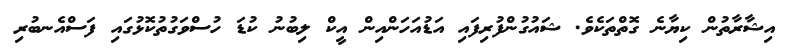
އިޝާރާތުން ކިޔާނެ ގޮތްތަކެވެ. ޝައުގުންފުރިފައި އަޑުއަހަންއިން އީކް ލިބުނު ކުޑަ ހުސްވަގުތުކޮޅުގައި ފަސްއެނބުރި